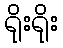
ရိုးရိုး